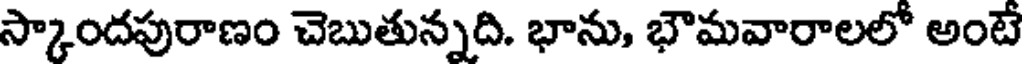
స్కాందపురాణం చెబుతున్నది. భాను, భౌమవారాలలో అంటే